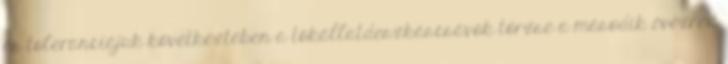
és toleranciájuk következtében a tökállatdeszkáscsávók törzse a második évezred